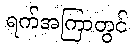
ရက်အကြာတွင်